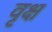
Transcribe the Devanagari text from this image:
वृक्ष